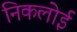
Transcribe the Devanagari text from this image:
निकलोई